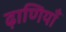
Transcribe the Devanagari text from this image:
ढ़ाणियाँ